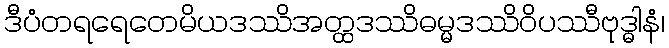
ဒီပံတရရေတေမိယဒဿိအတ္ထဒဿိဓမ္မဒဿိဝိပဿီဗုဒ္ဓါနံ၊